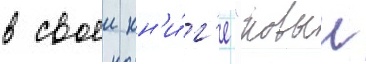
в своеи кн'и́г'е "новыи